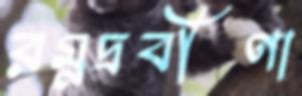
রম্নদ্রবীণা